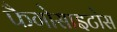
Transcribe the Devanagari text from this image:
फैगोसाइटोस